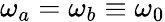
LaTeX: \omega_{a}=\omega_{b}\equiv\omega_{0}